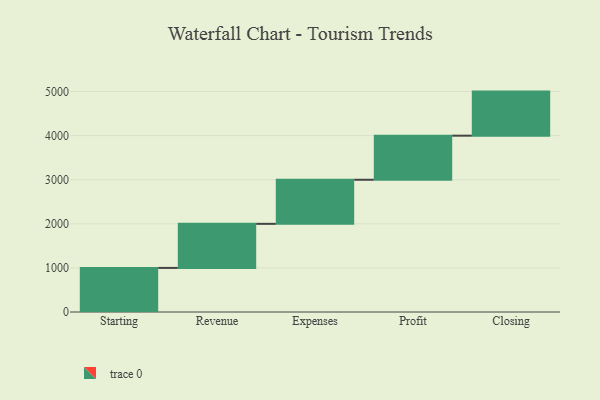
{"axis": {"x": "Step", "y": "Value"}, "legend": [""], "data": [{"x": "Starting", "y": 1000, "type": ""}, {"x": "Revenue", "y": 1000, "type": ""}, {"x": "Expenses", "y": 1000, "type": ""}, {"x": "Profit", "y": 1000, "type": ""}, {"x": "Closing", "y": 1000, "type": ""}]}